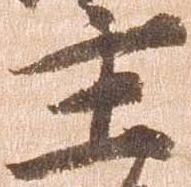
主